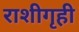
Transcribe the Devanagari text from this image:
राशीगृही